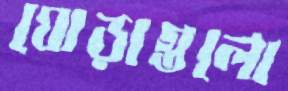
ঘোড়াগুলো